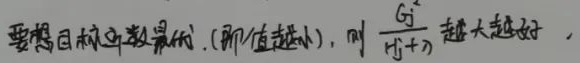
要想目标函数最低（即值越小），则 $\frac{G_{j}^{2}}{H_{j}+\lambda}$ 越大越好 。